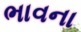
ભાવના